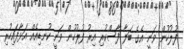
ފުލުހުން ވަނީ އެގެ ބަލާ ފާސްކުރި އިރު ފުލުހުން ވަނީ ކުނޑިއެއް އަޅާފައިހުރި